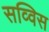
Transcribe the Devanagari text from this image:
सव्विस